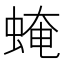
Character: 𧌄